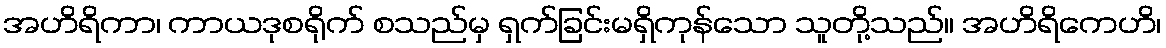
အဟိရိကာ၊ ကာယဒုစရိုက် စသည်မှ ရှက်ခြင်းမရှိကုန်သော သူတို့သည်။ အဟိရိကေဟိ၊